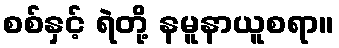
စစ်နှင့် ရဲတို့ နမူနာယူစရာ။